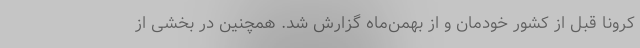
کرونا قبل از کشور خودمان و از بهمن‌ماه گزارش شد. همچنین در بخشی از